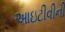
આઇટીવીની